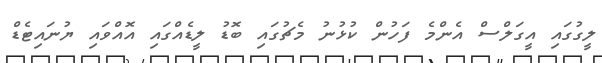
ލީގުގައި އީގަލްސް އެންމެ ފަހުން ކުޅުނު މެޗުގައި ބޮޑު ލީޑެއްގައި އޮއްވައި ޔުނައިޓެޑް